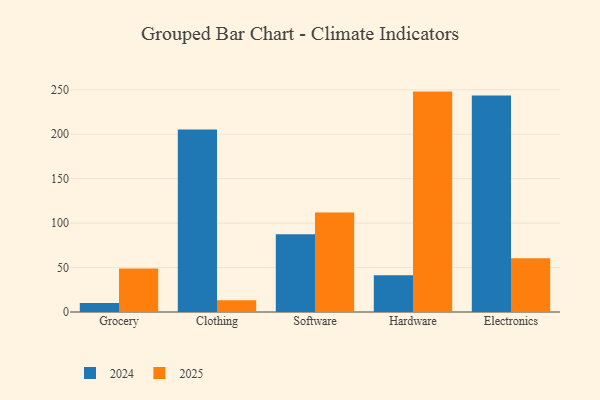
{"axis": {"x": "Category", "y": "Net Income (USD K)"}, "legend": ["2024", "2025"], "data": [{"x": "Grocery", "y": 10.1, "type": "2024"}, {"x": "Grocery", "y": 49.0, "type": "2025"}, {"x": "Clothing", "y": 205.4, "type": "2024"}, {"x": "Clothing", "y": 13.1, "type": "2025"}, {"x": "Software", "y": 87.4, "type": "2024"}, {"x": "Software", "y": 112.0, "type": "2025"}, {"x": "Hardware", "y": 41.4, "type": "2024"}, {"x": "Hardware", "y": 247.9, "type": "2025"}, {"x": "Electronics", "y": 243.5, "type": "2024"}, {"x": "Electronics", "y": 60.5, "type": "2025"}]}